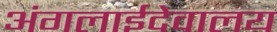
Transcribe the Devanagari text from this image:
अंगलाईदेवालय